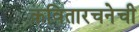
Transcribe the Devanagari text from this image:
कवितारचनेची